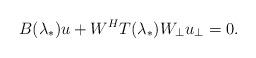
\begin{align*}B(\lambda_{*})u+W^{H}T(\lambda_{*})W_{\bot}u_{\bot}=0.\end{align*}